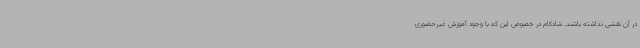
در آن نقشی نداشته باشند. شادکام در خصوص این که با وجود آموزش غیرحضوری